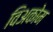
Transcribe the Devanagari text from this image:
विअकोम